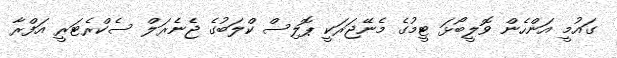
ގައުމީ އަންހެން ވޮލީބޯޅަ ޓީމުގެ މެނޭޖަރަކީ ޕޮލިސް ކްލަބުގެ ޖެނެރަލް ސެކްރެޓަރީ އަފްރާ